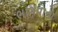
ભાગવાના